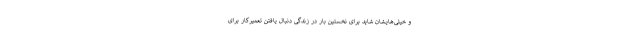
و خیلی‌هایشان شاید برای نخستین بار در زندگی دنبال یافتن تعمیرکار برای